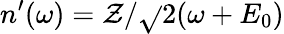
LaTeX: n^{\prime}(\omega)=\mathcal{Z}/\sqrt{}{{2(\omega+E_{0})}}